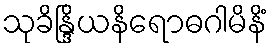
သုခိန္ဒြိယနိရောဓဂါမိနိံ